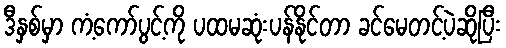
ဒီနှစ်မှာ ကံ့ကော်ပွင့်ကို ပထမဆုံးပန်နိုင်တာ ခင်မေတင့်ပဲဆိုပြီး